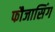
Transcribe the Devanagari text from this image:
फौजासिंग